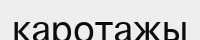
каротажы